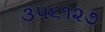
૩૫૬૧૨૭